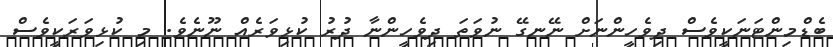
ބެޑްމިންޓަނަކީވެސް ދިވެހީންނަށް ނޭނގޭ ނުވަތަ ދިވެހީންނާ ދުރު ކުޅިވަރެއް ނޫނެވެ. މި ކުޅިވަރަކީވެސް